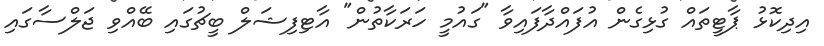
އިދިކޮޅު ޕާޓީތައް ގުޅިގެން އުފައްދާފައިވާ "ގައުމީ ހަރަކާތުން" އާޓިފިޝަލް ބީޗުގައި ބޭއްވި ޖަލްސާގައި